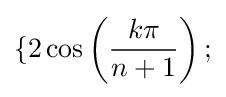
\{2\cos \left({\frac {k\pi }{n+1}}\right);